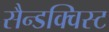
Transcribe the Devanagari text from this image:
सैन्डक्विस्ट